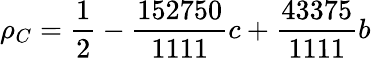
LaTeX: \rho_{C}=\frac{1}{2}-\frac{152750}{1111}c+\frac{43375}{1111}b